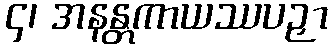
၄၊ အနန္တကာယဿပဉှာ